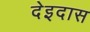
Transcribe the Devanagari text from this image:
देइदास